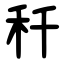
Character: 䄭